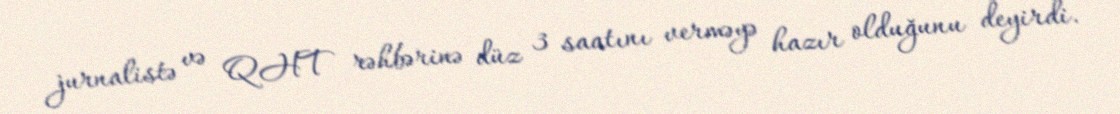
jurnalistə və QHT rəhbərinə düz 3 saatını verməyə hazır olduğunu deyirdi.